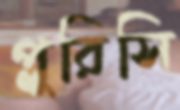
প্লুরিসি